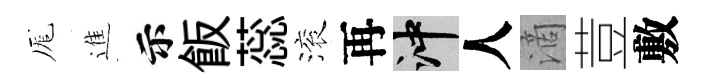
厖進示飯蕊滚再冲人滴荳敷